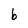
Character: b